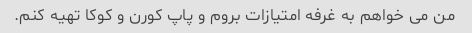
من می خواهم به غرفه امتیازات بروم و پاپ کورن و کوکا تهیه کنم.